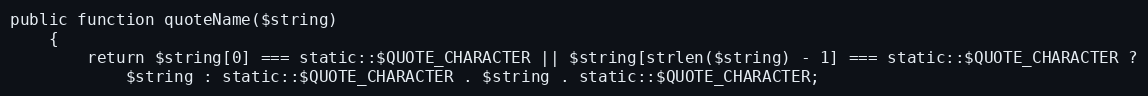
Language: PHP
public function quoteName($string)
	{
		return $string[0] === static::$QUOTE_CHARACTER || $string[strlen($string) - 1] === static::$QUOTE_CHARACTER ?
			$string : static::$QUOTE_CHARACTER . $string . static::$QUOTE_CHARACTER;